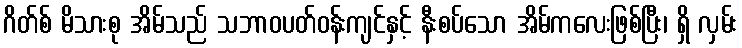
ဂိတ်စ် မိသားစု အိမ်သည် သဘာဝပတ်ဝန်းကျင်နှင့် နီးစပ်သော အိမ်ကလေးဖြစ်ပြီး၊ ရှိ လှမ်း